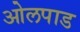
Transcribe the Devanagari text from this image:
ओलपाड